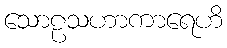
သောဠသဟာကာရေဟိ